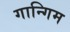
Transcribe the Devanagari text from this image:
गान्गिम